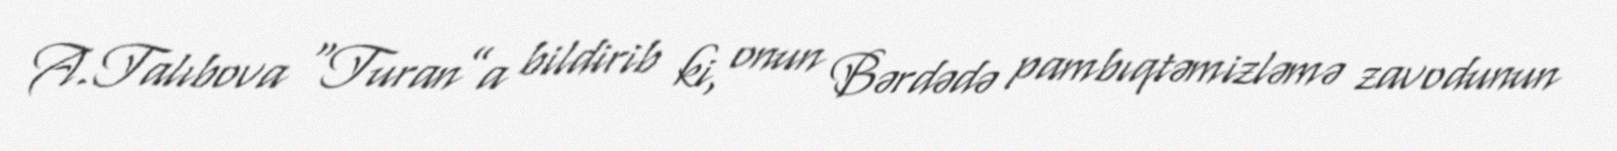
A.Talıbova “Turan”a bildirib ki, onun Bərdədə pambıqtəmizləmə zavodunun